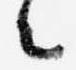
々